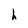
Character: h